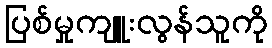
ပြစ်မှုကျူးလွန်သူကို